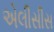
એલીસીસ